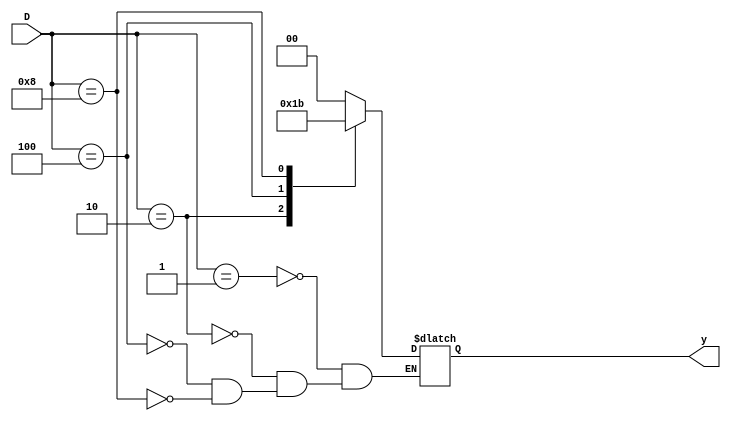
module binary_encoder(
  input [3:0] D,
  output reg [1:0] y); 
  always @(*)begin
    case (D)
    1 : y = 0; 
    2 : y  = 1; 
    4 : y  = 2; 
    8 : y  = 3; 
endcase
  end
endmodule